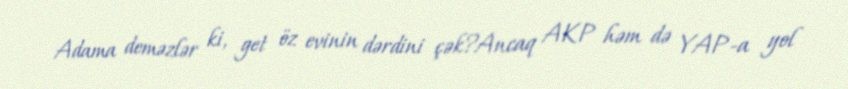
Adama deməzlər ki, get öz evinin dərdini çək?Ancaq AKP həm də YAP-a yol